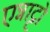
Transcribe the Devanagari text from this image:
एन्नाट्टो